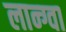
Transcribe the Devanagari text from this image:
लान्ग्वा